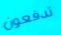
تدفعون